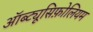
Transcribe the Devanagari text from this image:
ऑब्ट्यूसिफ़ोलियम